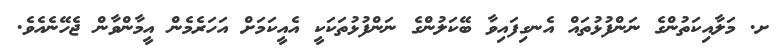
ށ. މަލާއިކަތުންގެ ނަންފުޅުތައް އެނގިފައިވާ ބޭކަލުންގެ ނަންފުޅުތަކަކީ އެއީކަމަށް އަހަރެމެން އީމާންވާން ޖެހޭނެއެވެ.